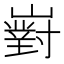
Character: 𡽵